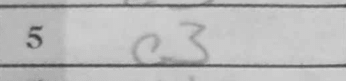
Transcription: c3